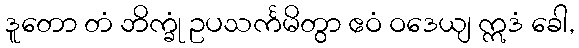
ဒူတော တံ ဘိက္ခုံ ဥပသင်္ကမိတွာ ဧဝံ ဝဒေယျ ဣဒံ ခေါ,